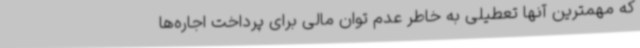
که مهمترین آنها تعطیلی به خاطر عدم توان مالی برای پرداخت اجاره‌ها